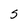
Character: s